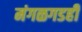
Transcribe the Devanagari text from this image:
मंगळगडही